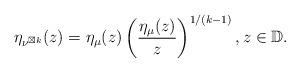
LaTeX: \begin{align*}\eta_{\nu^{\boxtimes k}}(z)=\eta_{\mu}(z)\left(\frac{\eta_{\mu}(z)}{z}\right)^{1/(k-1)},z\in\mathbb{D}.\end{align*}